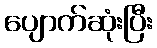
ပျောက်ဆုံးပြီး